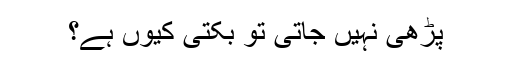
پڑھی نہیں جاتی تو بکتی کیوں ہے؟